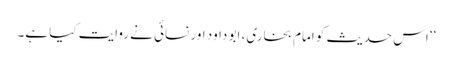
‘‘ اس حدیث کو امام بخاری، ابو داود اور نسائی نے روایت کیا ہے۔